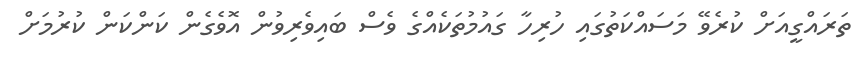
ތަރައްގީއަށް ކުރެވޭ މަސައްކަތުގައި ހުރިހާ ގައުމުތަކެއްގެ ވެސް ބައިވެރިވުން އޮވެގެން ކަންކަން ކުރުމަށް